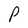
Character: P